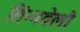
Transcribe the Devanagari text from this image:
तिन्नवेली